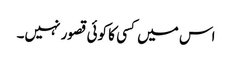
اس میں کسی کا کوئی قصور نہیں۔